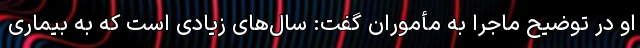
او در توضیح ماجرا به مأموران گفت: سال‌های زیادی است که به بیماری